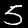
Digit: 5